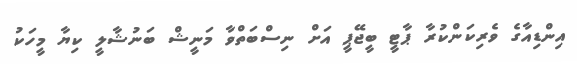
އިންޑިއާގެ ވެރިކަންކުރާ ޕާޓީ ބީޖޭޕީ އަށް ނިސްބަތްވާ މަނީޝް ބަނުޝާލީ ކިޔާ މީހަކު